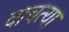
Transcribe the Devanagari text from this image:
वाचत्या